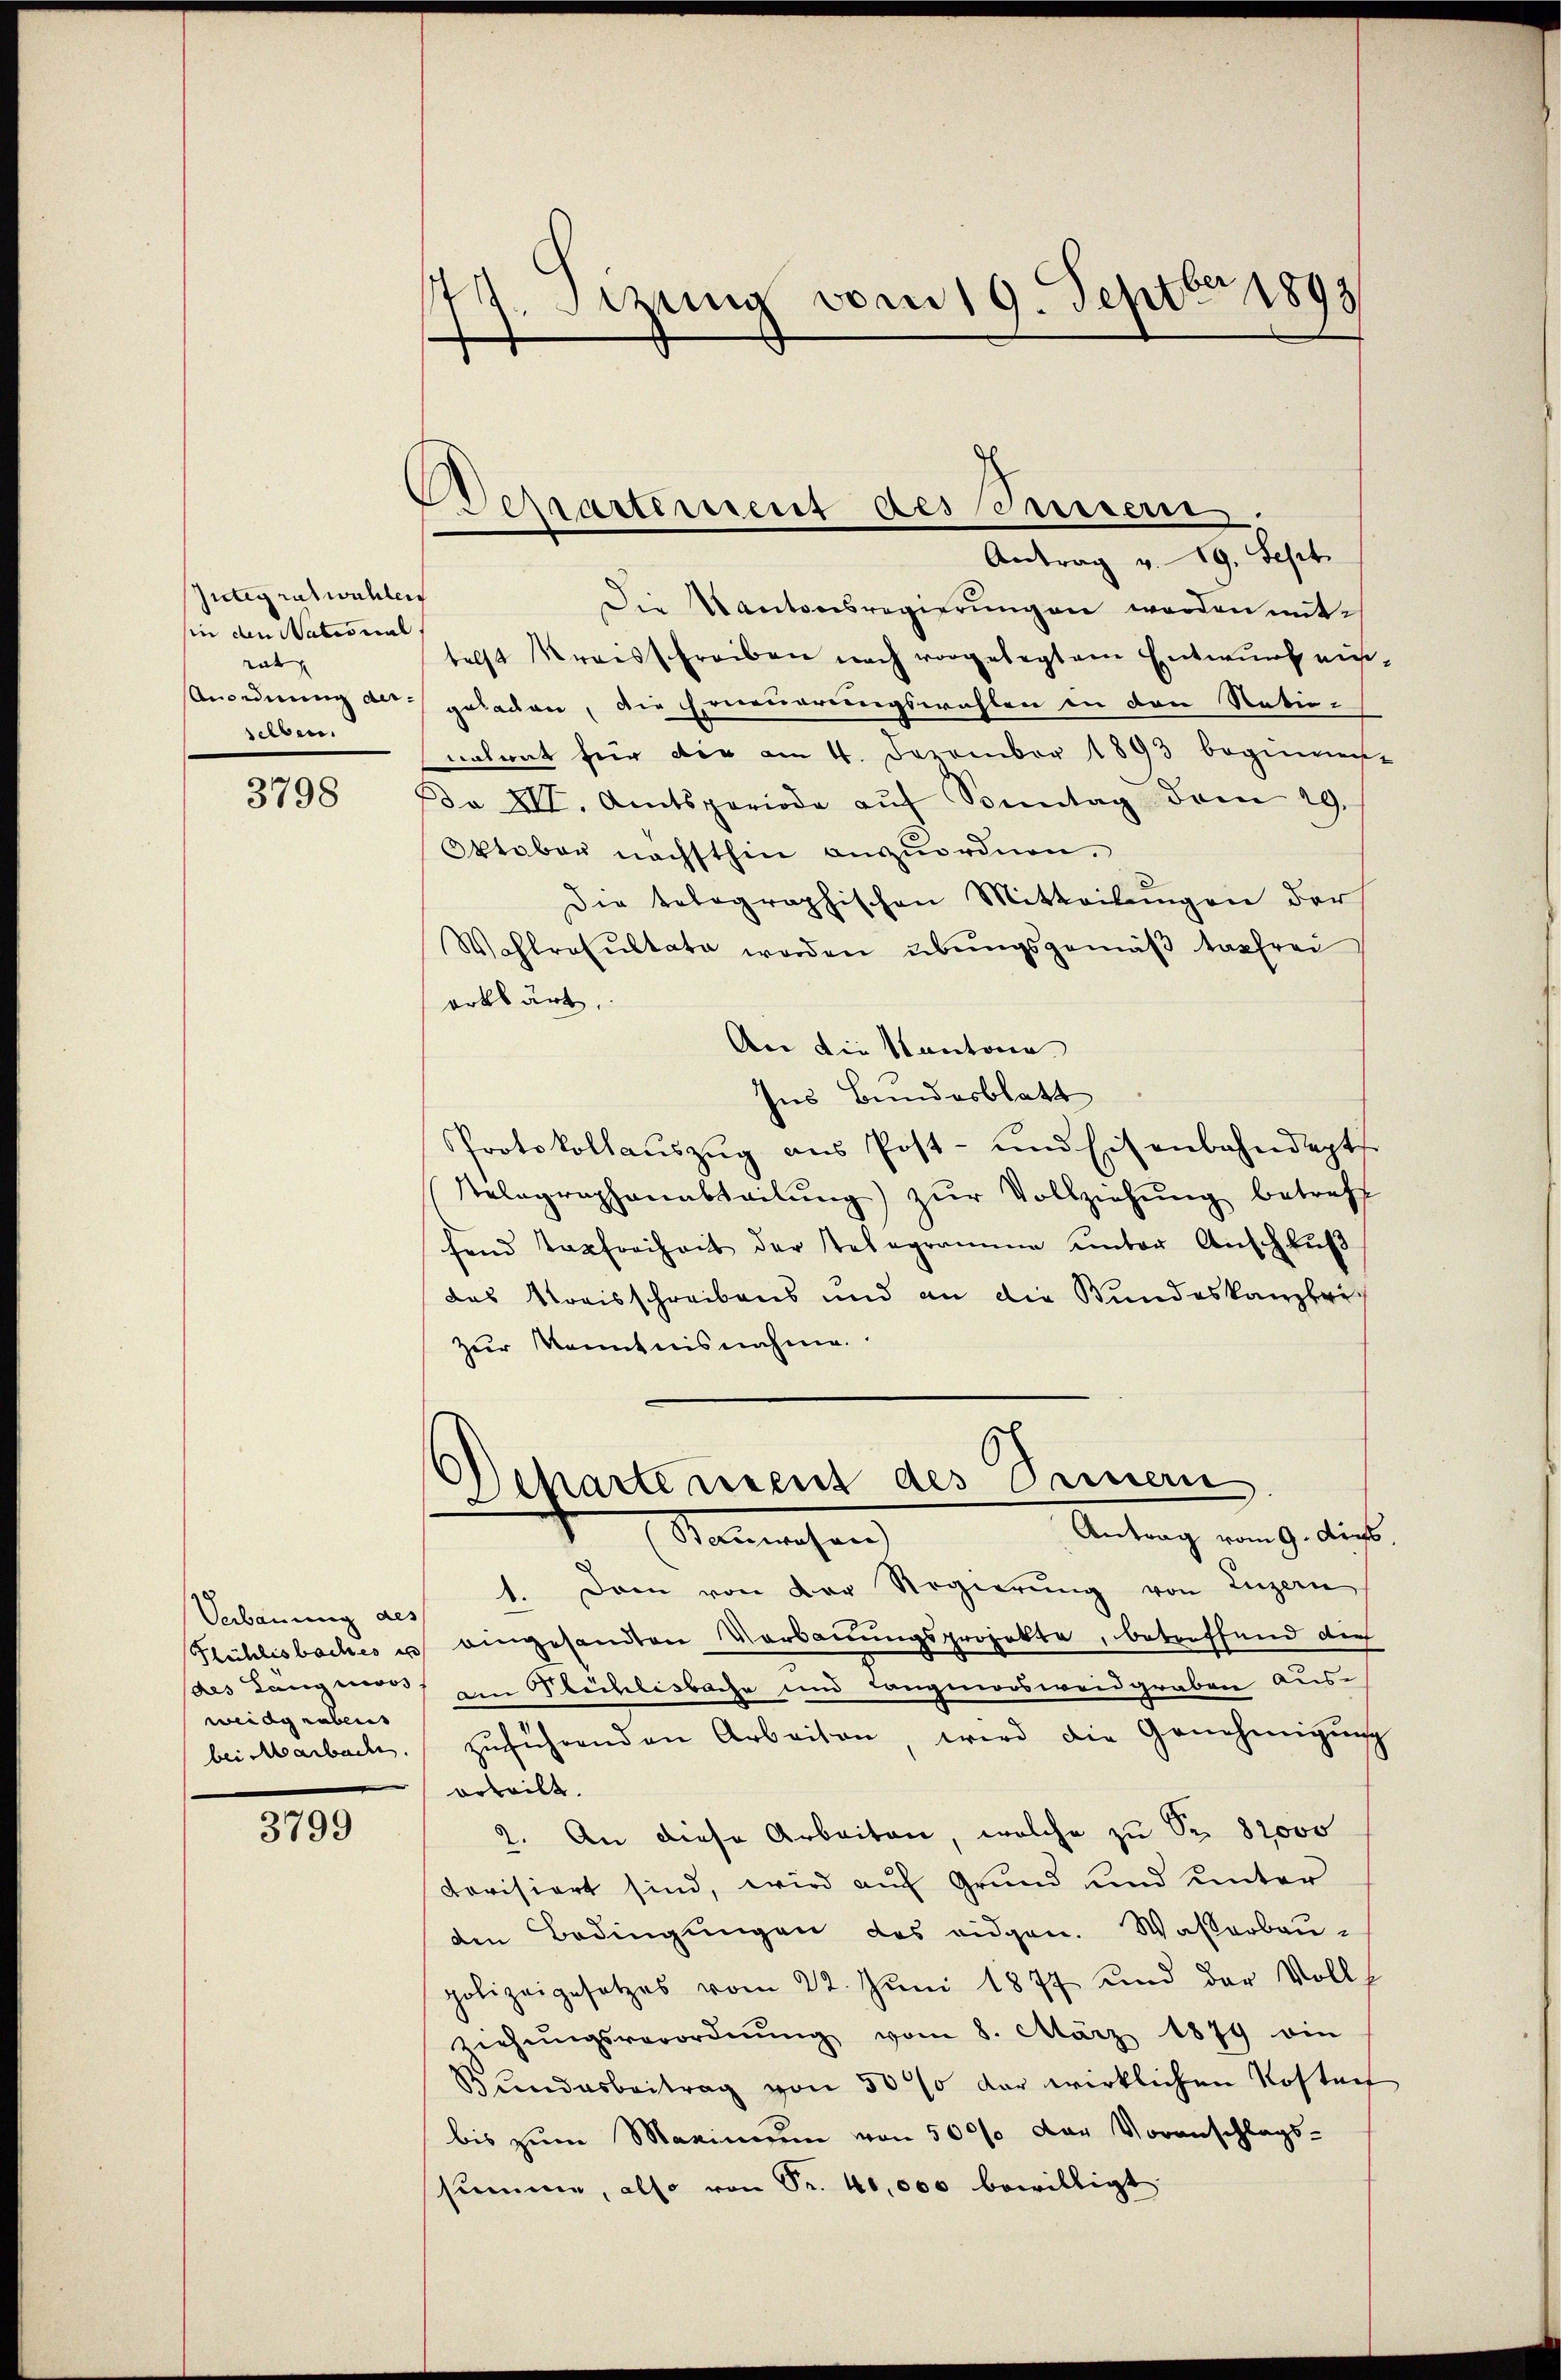
Zütig ratwahlen
sin den National.
rat
Anordnung derselben.

3798

Verbauung des
Flühlisbaches u
(des Langmoos
weidgrubens
bei Marbache.

3799

.Sirung vom 19. Septbr 1893
e

Departement des Seitern.
Antrag v. 19. Sept.

Die Kantonsregierŭngen werden mittelst Kreisschreiben nach vorgelegtem Entwurf mich,
geladen, die Erneuerungswahlen in den Natio-
natrat für die am 4. November 1893 beginnen-
Da VII. Amtsperiode aŭf Sonntag dem 29.
Oktober nächsthin anzuordnen,
Die telegraphischen Mitteilungen der
Wohlrasŭltate worden übungsgemäβ tagfrei
erklärt.
An die Kantona
Ins Bundesblatt
Protokollaŭszŭg aŭs Post- und Eisenbahndapt
Relegraphenabteilŭng zŭr Vollziehŭng betreff
fend Tapfreiheit der Telegramme unter Anschluß
das Kreisschreibens und an die Bundeskanzlei-
zur Kenntnisnahme.
Departement des Deiner
Antrag vom 9. des
 anwesen
1. Dann von der Regierung von Luzern
eingesandten Verbauungsprojekte, betreffend die
am Flächlisbache und Langmorsweid graben Auszŭführenden Arbeiten, wird die Genehmigŭng
erteilt.
1. An diese Arbeiten, welche zu Sr. 82000
rovisiert sind, wird auf Grund und unter
den Bedingungen des eidgen. Wasserbau-
polizeigesetzes vom 22. Jŭni 1877 und der Voll
5
ziehŭngsverordnŭng vom 8. März 1879 ein
Bundesbeitrag von 30% der wirklichen Kosten
bis zum Maximum von 500% der Voranschlags-
summe, also von Sr. 40,000 bewilligt